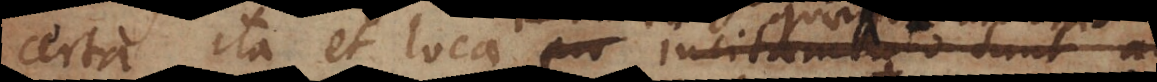
certa, ita et loca pro incitamento sunt ad